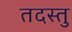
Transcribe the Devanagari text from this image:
तदस्तु